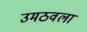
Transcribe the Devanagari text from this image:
उमठवला